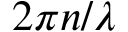
2 \pi n / \lambda